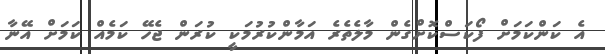
އެ ކަންކަމަށް ފޯކަސްކޮށްގެން މާލެތެރެ އަމާންކުރުމަކީ ކުރަން ޖެހޭ ކަމެއް ކަމަށް އޭނާ